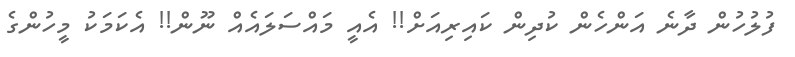
ފުލުހުން ދާނެ އަންހެން ކުދިން ކައިރިއަށް!! އެއީ މައްސަލައެއް ނޫން!! އެކަމަކު މީހުންގެ